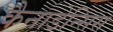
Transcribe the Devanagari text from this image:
कैनाडेन्सिस